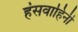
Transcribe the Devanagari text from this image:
हंसवाहिनी